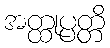
အတ္ထုပ္ပတ္တိ